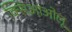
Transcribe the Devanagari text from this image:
क्सिआओलू